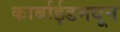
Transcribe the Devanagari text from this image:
कार्बाईडमधून